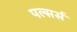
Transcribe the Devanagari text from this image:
पल्सर्स